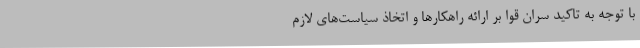
با توجه به تاکید سران قوا بر ارائه راهکارها و اتخاذ سیاست‌های لازم